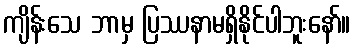
ကျိန်းသေ ဘာမှ ပြဿနာမရှိနိုင်ပါဘူးနော်။